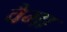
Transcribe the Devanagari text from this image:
वैमा